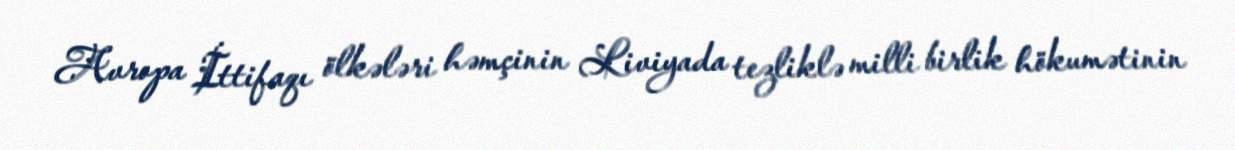
Avropa İttifaqı ölkələri həmçinin Liviyada tezliklə milli birlik hökumətinin